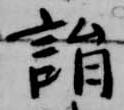
詣